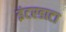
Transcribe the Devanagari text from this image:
इंटरडाटा